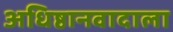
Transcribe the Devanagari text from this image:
अधिष्ठानवादाला